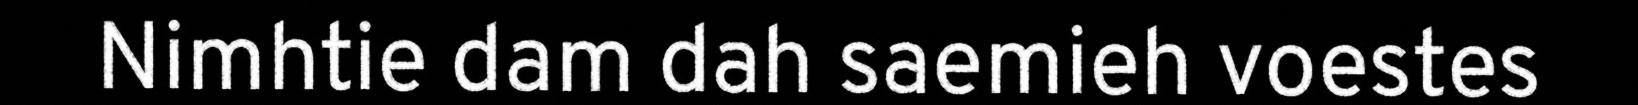
Nimhtie dam dah saemieh voestes